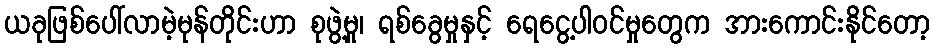
ယခုဖြစ်ပေါ်လာမဲ့မုန်တိုင်းဟာ စုဖွဲ့မှု၊ ရစ်ခွေမှုနှင့် ရေငွေ့ပါဝင်မှုတွေက အားကောင်းနိုင်တော့